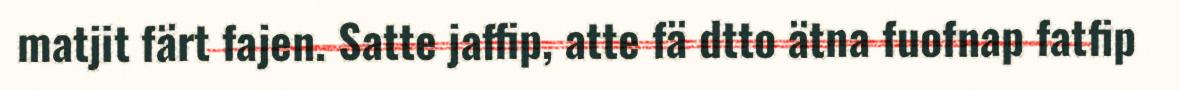
matjit färt fajen. Satte jaffip, atte fä dtto ätna fuofnap fatfip